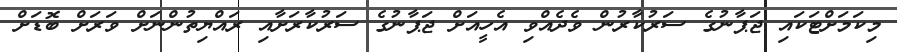
މިކަމަށްޓަކައި ޖަޕާނުގެ ސަރުކާރުން ވެދެއްވި އެހީއަށް ޖަޕާނުގެ ސަރުކާރަށާއި ރައްޔިތުންނަށް ވަރަށް ބޮޑަށް